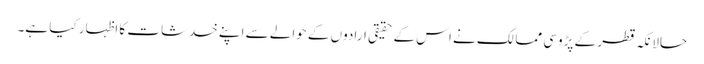
حالانکہ قطر کے پڑوسی ممالک نے اس کے حقیقی ارادوں کے حوالے سے اپنے خدشات کا اظہار کیا ہے۔